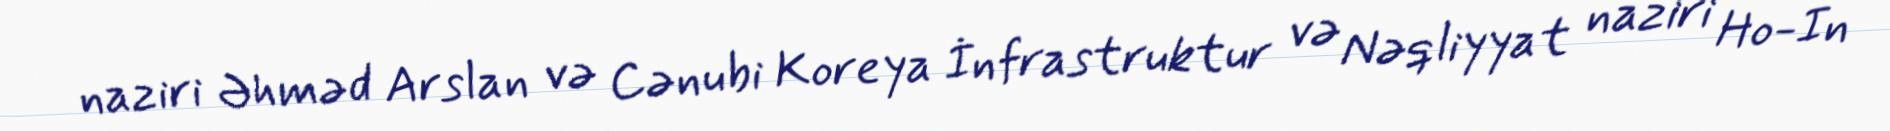
naziri Əhməd Arslan və Cənubi Koreya İnfrastruktur və Nəqliyyat naziri Ho-In